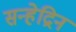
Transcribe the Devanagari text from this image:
सन्हेद्रिन